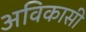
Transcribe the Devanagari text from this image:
अविकासी